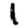
Digit: 1